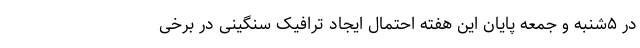
در ۵شنبه و جمعه پایان این هفته احتمال ایجاد ترافیک سنگینی در برخی